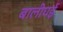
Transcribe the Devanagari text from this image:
बालीघई